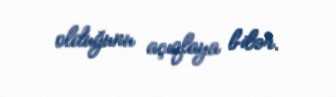
olduğunu açıqlaya bilər.